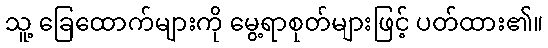
သူ့ ခြေထောက်များကို မွေ့ရာစုတ်များဖြင့် ပတ်ထား၏။